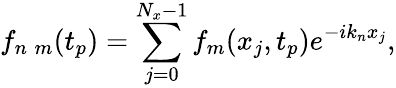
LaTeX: f_{n\; m}(t_{p})=\sum_{j=0}^{N_{x}-1}f_{m}(x_{j},t_{p})e^{-ik_{n}x_{j}},